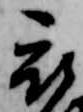
被